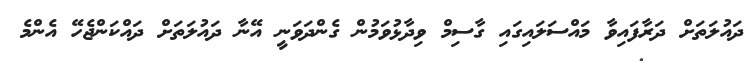
ދައުލަތަށް ދަރާފައިވާ މައްސަލައިގައި ގާސިމް ވިދާޅުވަމުން ގެންދަވަނީ އޭނާ ދައުލަތަށް ދައްކަންޖެހޭ އެންމެ